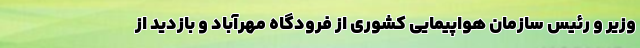
وزیر و رئیس سازمان هواپیمایی کشوری از فرودگاه مهرآباد و بازدید از